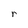
Character: r